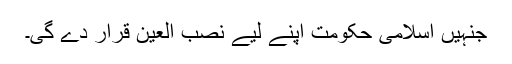
جنہیں اسلامی حکومت اپنے لیے نصب العین قرار دے گی۔